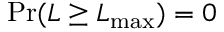
\operatorname* { P r } ( L \geq L _ { \mathrm { m a x } } ) = 0